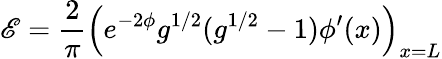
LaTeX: \mathscr{E}={\frac{{2}}{{\pi}}}\left(e^{-2\phi}g^{1/2}(g^{1/2}-1)\phi^{\prime}(x)\right)_{x=L}